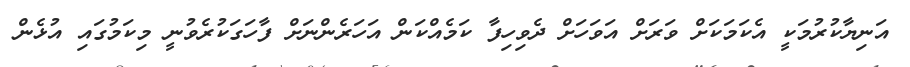
އަނިޔާކުރުމަކީ އެކަމަކަށް ވަރަށް އަވަހަށް ދެވިހިފާ ކަމެއްކަން އަހަރެންނަށް ފާހަގަކުރެވުނީ މިކަމުގައި އުޅެން